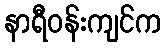
နာရီဝန်းကျင်က